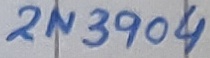
Text: 2N3904